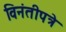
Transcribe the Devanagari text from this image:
विनंतीपत्रे